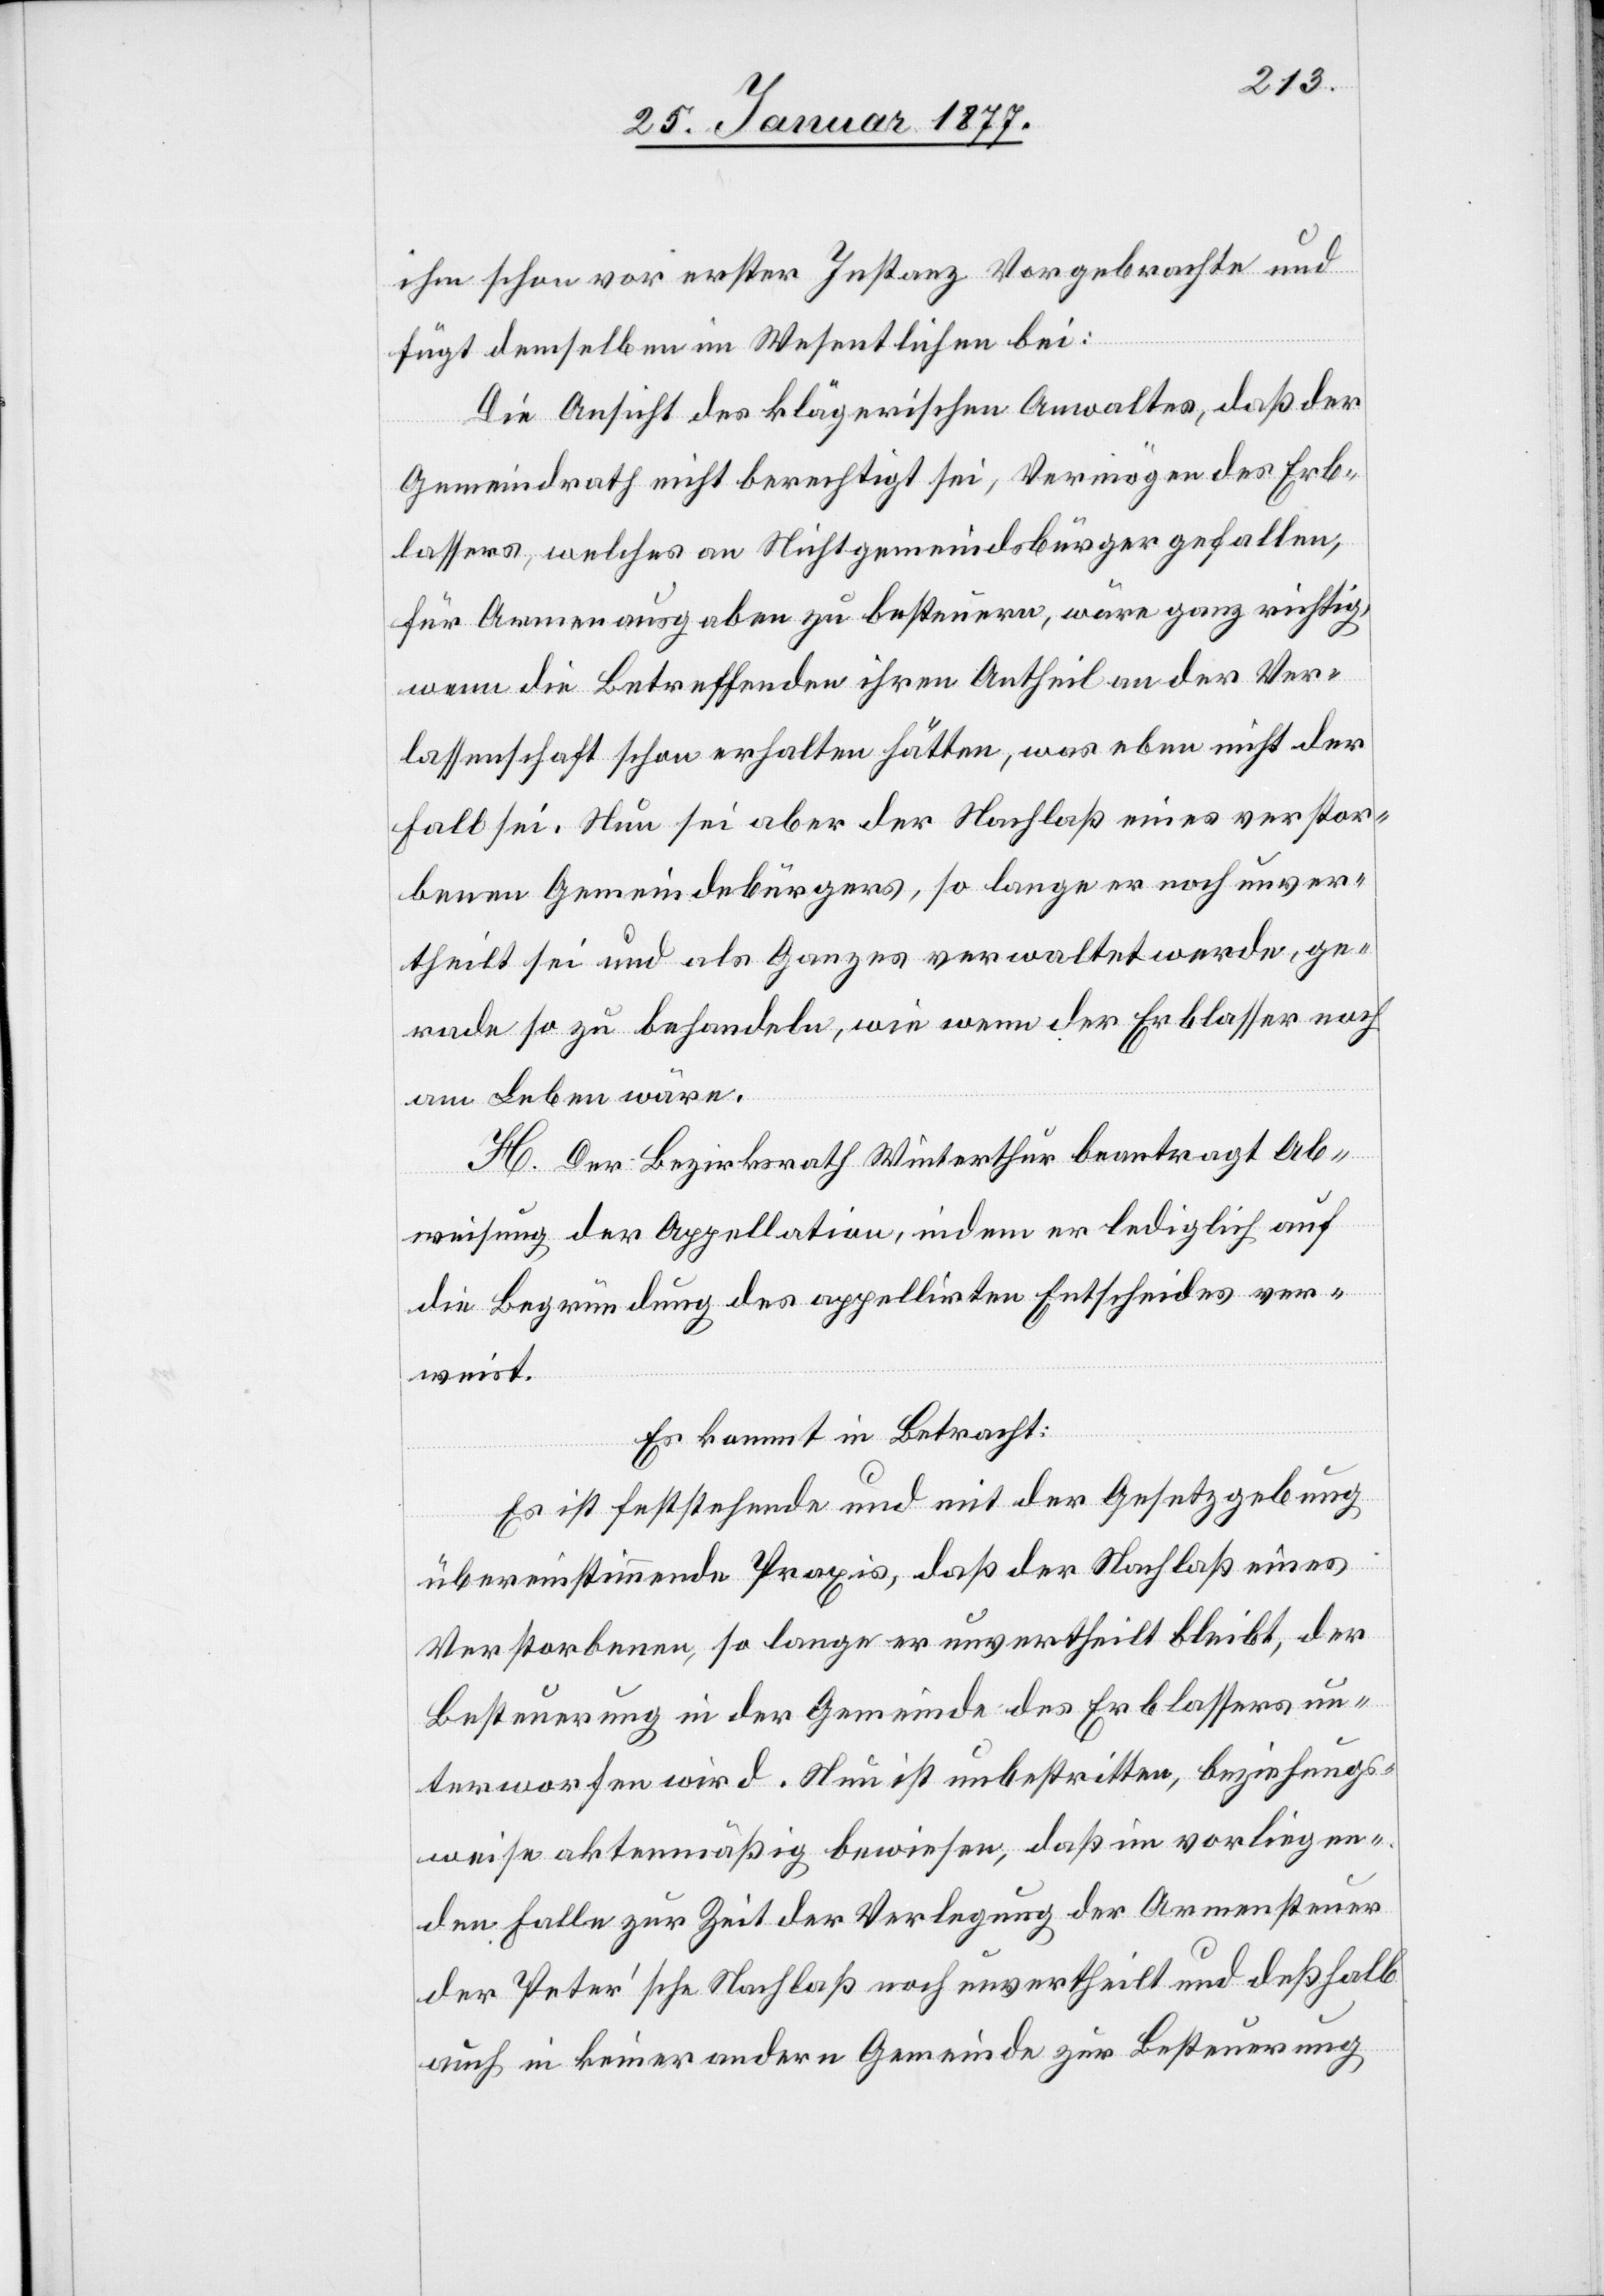
ihm schon vor erster Instanz vorgebrachte und
fügt demselben im Wesentlichen bei:
Die Ansicht des klägerischen Anwaltes, daß der
Gemeindrath nicht berechtigt sei, Vermögen des Erb¬
lassers, welches an Nichtgemeindsbürger gefallen,
für Armenausgaben zu besteuern, wäre ganz richtig,
wenn die Betreffenden ihren Antheil an der Ver¬
lassenschaft schon erhalten hätten, was eben nicht der
Fall sei. Nun sei aber der Nachlaß eines verstor¬
benen Gemeindebürgers, so lange er noch unver¬
theilt sei und als Ganzes verwaltet werde, ge¬
rade so zu behandeln, wie wenn der Erblasser noch
am Leben wäre.
H. Der Bezirksrath Winterthur beantragt Ab¬
weisung der Appellation, indem er lediglich auf
die Begründung des appellirten Entscheides ver¬
weist.
Es kommt in Betracht:
Es ist feststehende und mit der Gesetzgebung
übereinstimmende Praxis, daß der Nachlaß eines
Verstorbenen, so lange er unvertheilt bleibt, der
Besteuerung in der Gemeinde des Erblassers un¬
terworfen wird. Nun ist unbestritten, beziehungs¬
weise aktenmäßig bewiesen, daß im vorliegen¬
den Falle zur Zeit der Verlegung der Armensteuer
der Peter’sche Nachlaß noch unvertheilt und deßhalb
auch in keiner andern Gemeinde zur Besteuerung